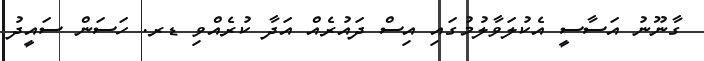
ގާނޫނު އަސާސީ އެކުލަވާލުމުގައި އިސް ދައުރެއް އަދާ ކުރެއްވި ޑރ. ހަސަން ސައީދު